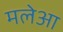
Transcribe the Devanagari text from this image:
मलेआ